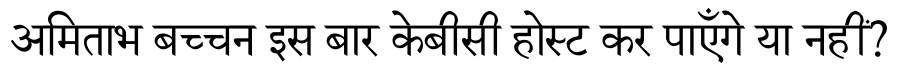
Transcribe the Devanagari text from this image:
अमिताभ बच्चन इस बार केबीसी होस्ट कर पाएँगे या नहीं?